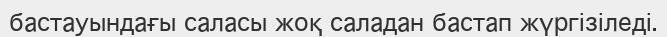
бастауындағы саласы жоқ саладан бастап жүргізіледі.